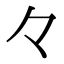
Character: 𠚤